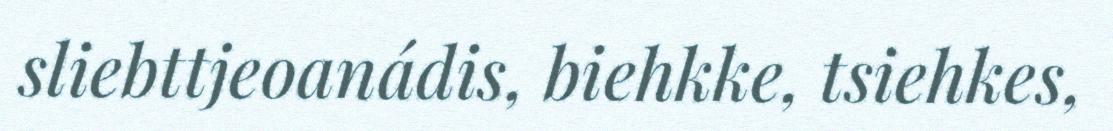
sliebttjeoanádis, biehkke, tsiehkes,